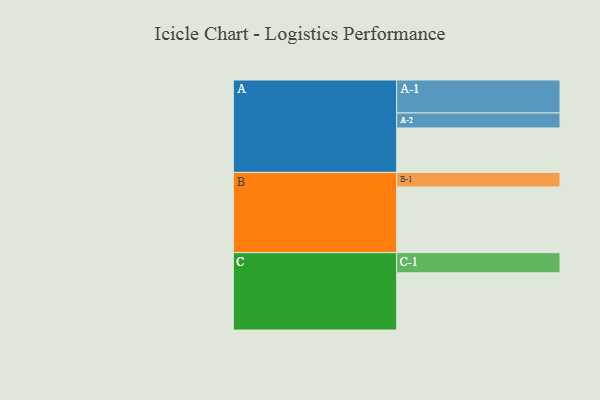
{"axis": {"x": "Segment", "y": "Value"}, "legend": ["", "A", "B", "C"], "data": [{"x": "A", "y": 318, "type": ""}, {"x": "B", "y": 470, "type": ""}, {"x": "C", "y": 409, "type": ""}, {"x": "A-1", "y": 236, "type": "A"}, {"x": "A-2", "y": 107, "type": "A"}, {"x": "B-1", "y": 104, "type": "B"}, {"x": "C-1", "y": 144, "type": "C"}]}